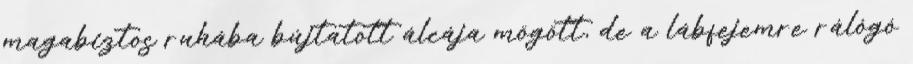
magabiztos ruhába bújtatott álcája mögött, de a lábfejemre rálógó